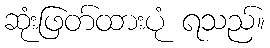
ဆုံးဖြတ်ထားပုံ ရသည်။